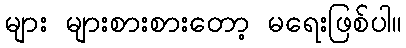
များ များစားစားတော့ မရေးဖြစ်ပါ။